Leaving Certificate Examination (including Day School Certificate (Higher) General paper), 1939
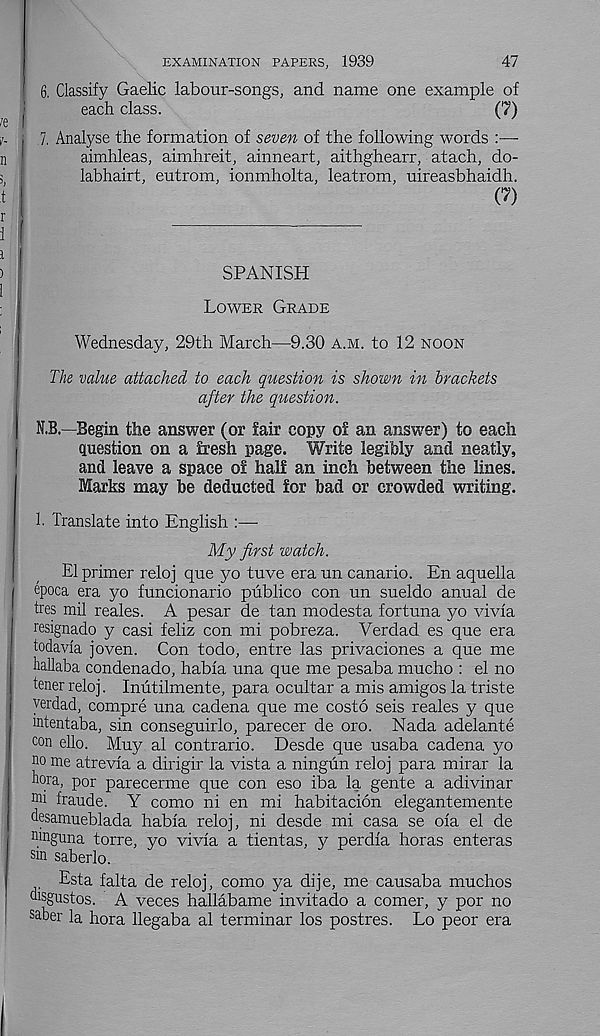
EXAMINATION PAPERS, 1939
47
6. Classify Gaelic labour-songs, and name one example of
each class.
(7)
7. Analyse the formation of seven of the following words :—-
aimhleas, aimhreit, ainneart, aithghearr, atach, do-
labhairt, eutrom, ionmholta, leatrom, uireasbhaidh.
(?)
SPANISH
Lower Grade
Wednesday, 29th March—9.30 a.m. to 12 noon
The value attached to each question is shown in brackets
after the question.
N.B.—Begin the answer (or fair copy of an answer) to each
question on a fresh page. Write legibly and neatly,
and leave a space of half an inch between the lines.
Marks may be deducted for bad or crowded writing.
1. Translate into English :—
My first watch.
El primer reloj que yo tuve era un canario. En aquella
epoca era yo funcionario publico con un sueldo anual de
ties mil reales. A pesar de tan modesta fortuna yo vivfa
resignado y casi feliz con mi pobreza. Verdad es que era
todavia joven. Con todo, entre las privaciones a que me
hallaba condenado, habfa una que me pesaba mucho : el no
tener reloj. Inutilmente, para ocultar a mis amigos la triste
verdad, compre una cadena que me costo seis reales y que
mtentaba, sin conseguirlo, parecer de oro. Nada adelante
con ello. Muy al contrario. Desde que usaba cadena yo
m me atrevfa a dirigir la vista a ningun reloj para mirar la
h°ra, por parecerme que con eso iba la gente a adivinar
nil fraude. Y como ni en mi habitacion elegantemente
desamueblada habla reloj, ni desde mi casa se oia el de
Mnguna torre, yo vivia a tientas, y perdfa horas enteras
dn saberlo.
Esta falta de reloj, como ya dije, me causaba muchos
oisgustos. A veces hallabame invitado a comer, y por no
saber la hora llegaba al terminar los postres. Lo peor era